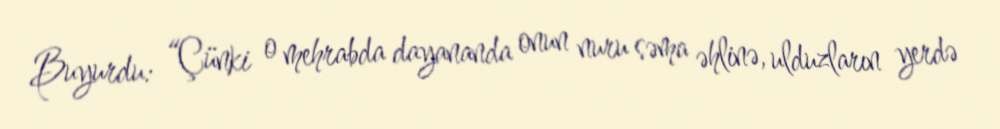
Buyurdu: “Çünki o mehrabda dayananda onun nuru səma əhlinə, ulduzların yerdə